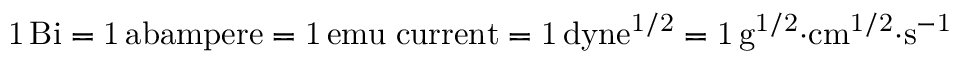
\mathrm { 1 \, B i = 1 \, a b a m p e r e = 1 \, e m u \; c u r r e n t = 1 \, d y n e ^ { 1 / 2 } = 1 \, g ^ { 1 / 2 } { \cdot } c m ^ { 1 / 2 } { \cdot } s ^ { - 1 } }